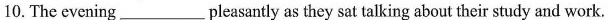
10.The evening___pleasantly as they sat talking about their study and work.